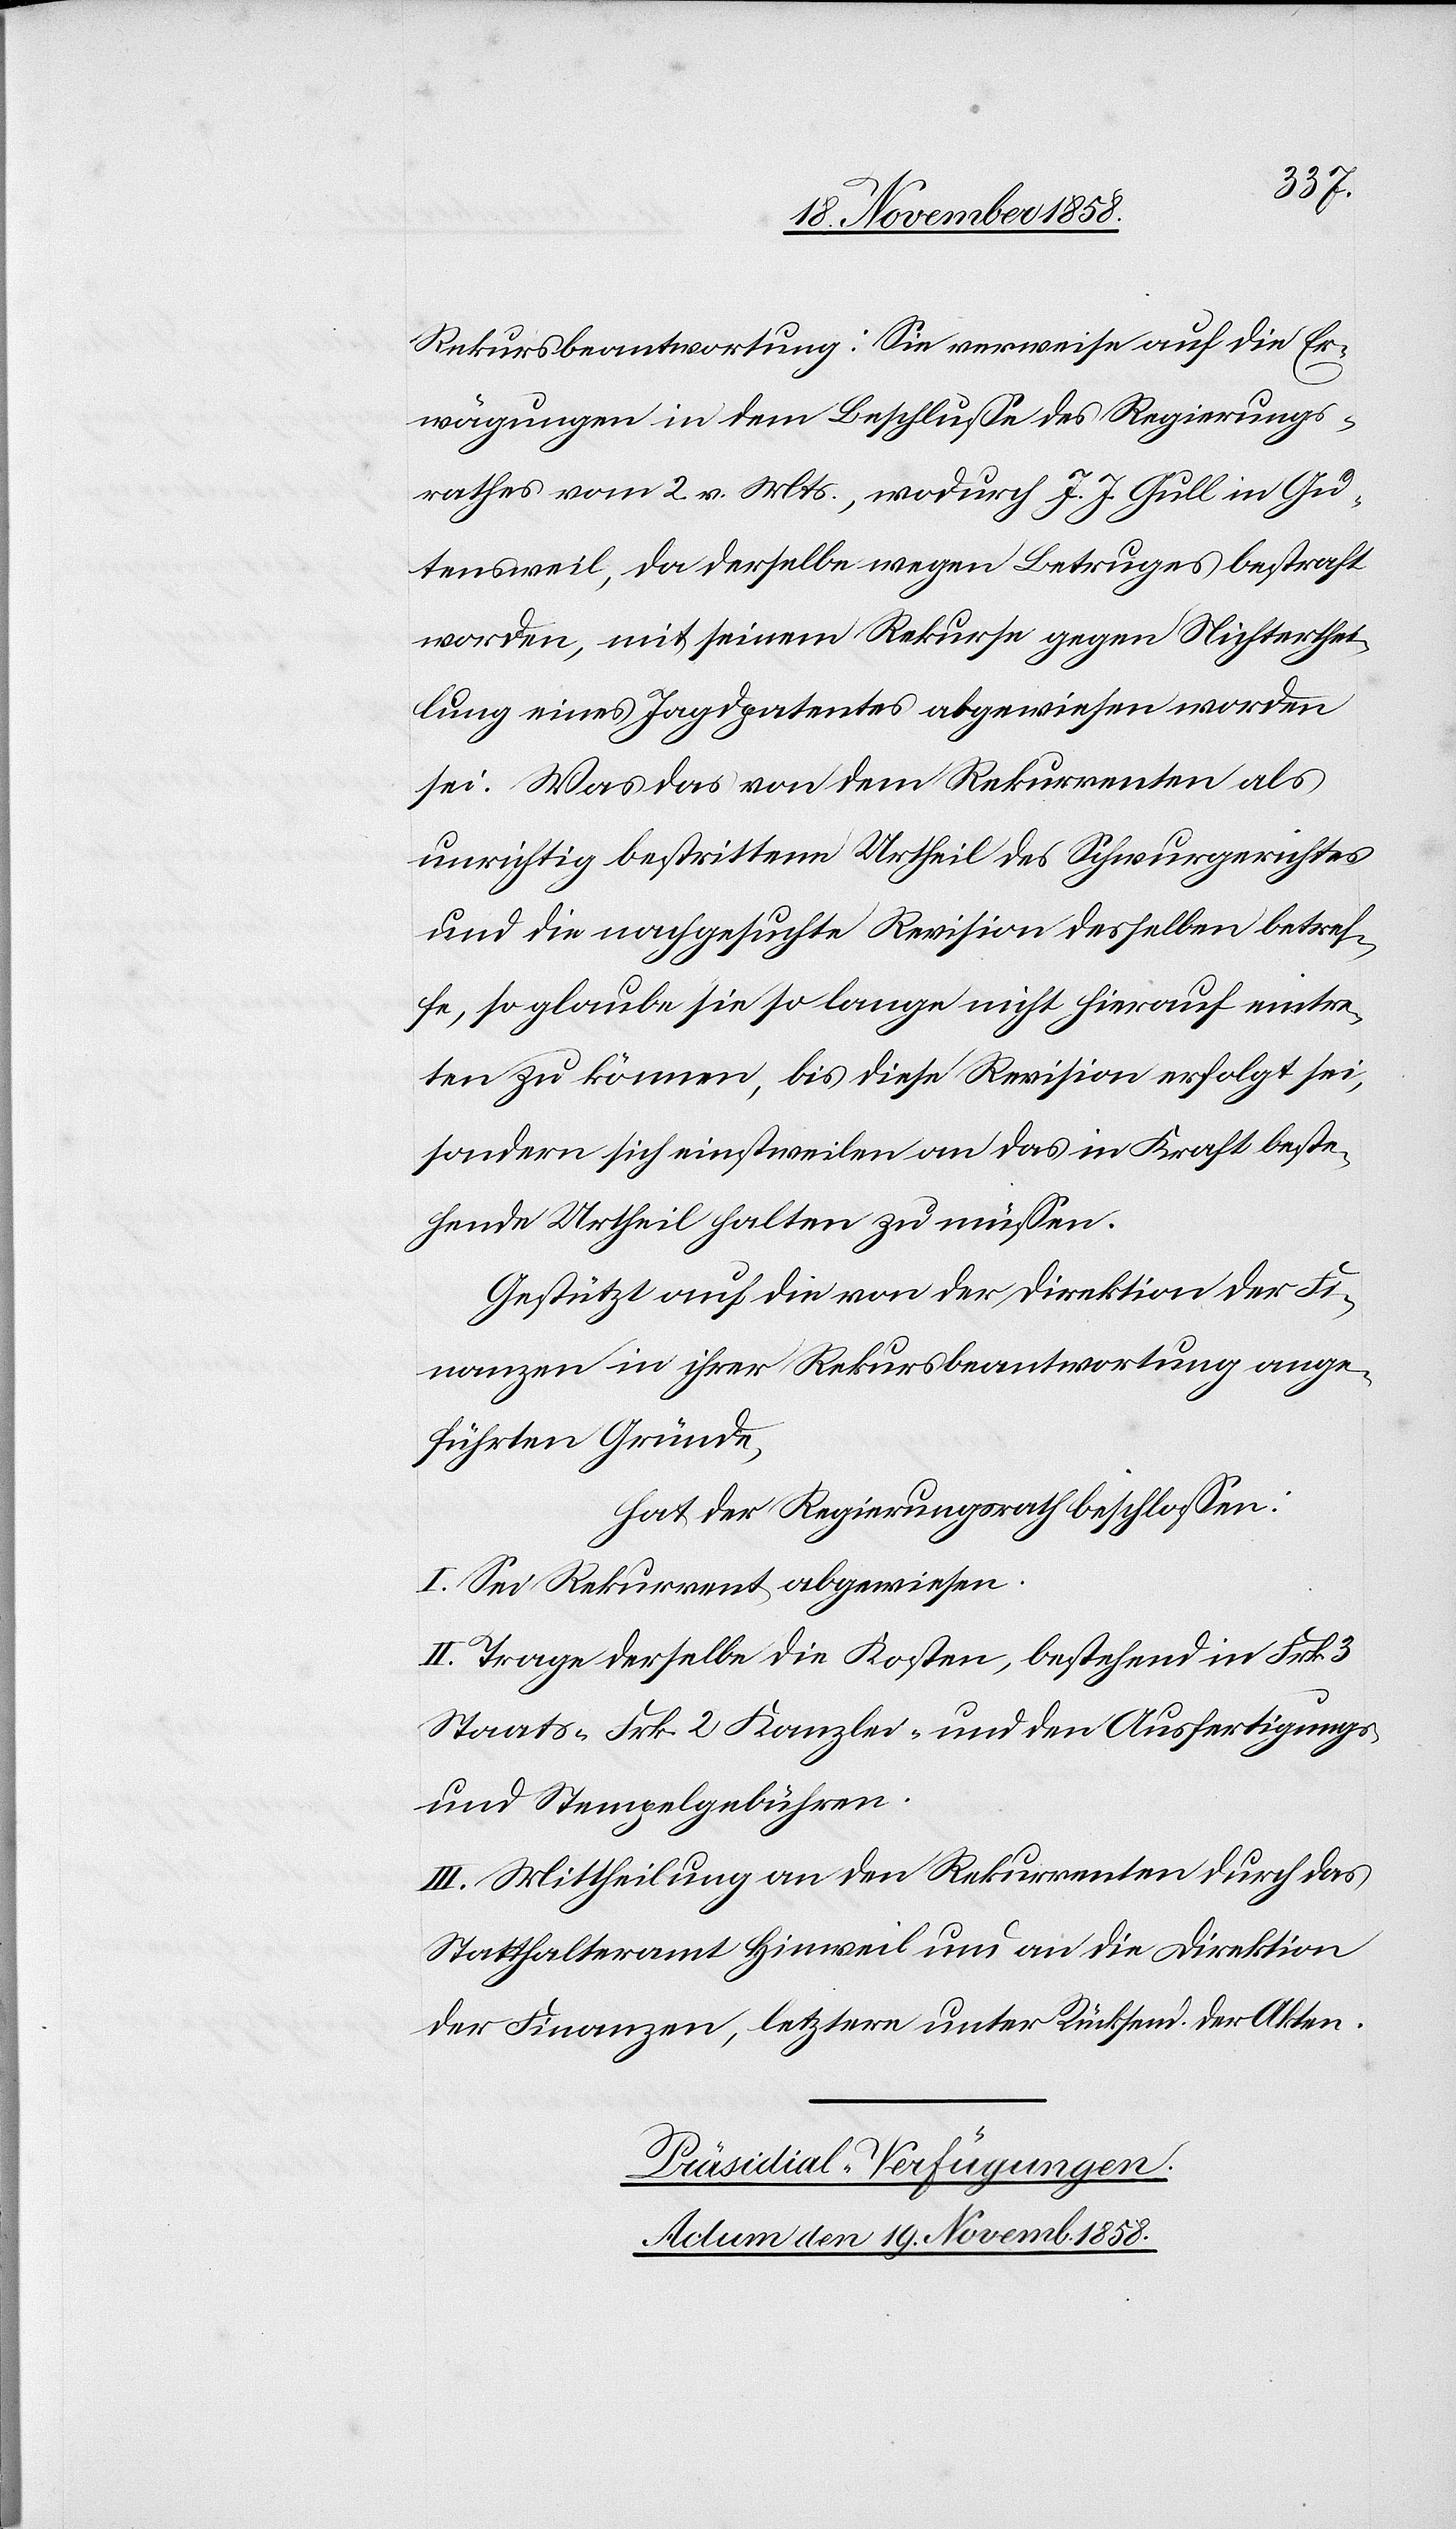
Rekursbeantwortung: Sie verweise auf die Er¬
wägungen in dem Beschlusse des Regierungs¬
rathes vom 2. v. Mts., wodurch J. J. Gull in Gu¬
tensweil, da derselbe wegen Betruges bestraft
worden, mit seinem Rekurse gegen Nichterthei¬
lung eines Jagdpatentes abgewiesen worden
sei. Was das von dem Rekurrenten als
unrichtig bestrittene Urtheil des Schwurgerichtes
und die nachgesuchte Revision desselben betref¬
fe, so glaube sie so lange nicht hierauf eintre¬
ten zu können, bis diese Revision erfolgt sei,
sondern sich einstweilen an das in Kraft beste¬
hende Urtheil halten zu müssen.
Gestützt auf die von der Direktion der Fi¬
nanzen in ihrer Rekursbeantwortung ange¬
führten Gründe,
hat der Regierungsrath beschlossen:
I. Sei Rekurrent abgewiesen.
II. Trage derselbe die Kosten, bestehend in Frk. 3
Staats-[,] Frk. 2 Kanzlei- und den Ausfertigungs-
und Stempelgebühren.
III. Mittheilung an den Rekurrenten durch das
Statthalteramt Hinweil und an die Direktion
der Finanzen, letztere unter Rücksend. der Akten.
Präsidial-Verfügungen.
Actum den 19. Novemb. 1858.